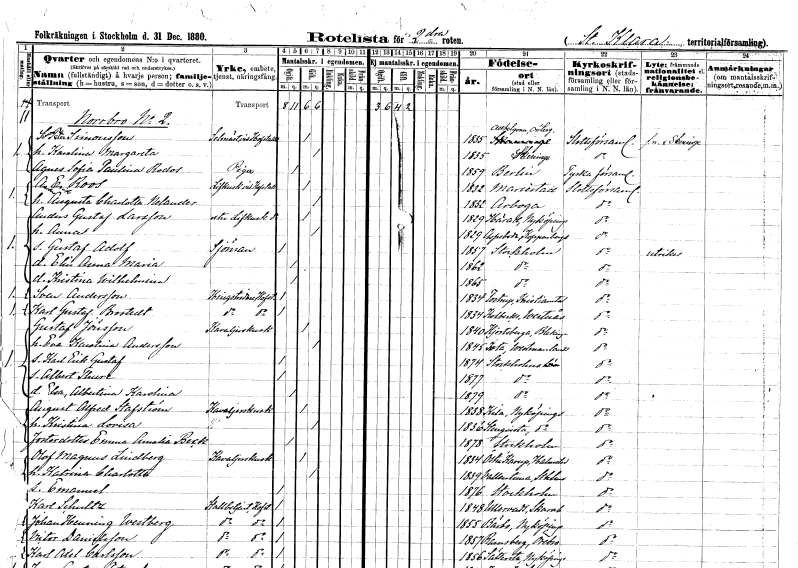
gt_parse: households: individuals: FN: Simon Peter
EN: Simonsson
YRKE: Selsmästare vid Hovstallet
KON: M
CIV: G
FODAR: 1835
FODFORS: Allhelgona Östergötlands län
FN: Karolina Margareta
KON: K
CIV: G
FODAR: 1835
FODFORS: Skänninge Östergötlands län
FN: Agnes Sofia Paulina
EN: Rodos
YRKE: Piga
KON: K
CIV: O
FODAR: 1859
FN: Anders Erik
EN: Roos
YRKE: Livkusk vid Hovstallet
KON: M
CIV: G
FODAR: 1832
FODFORS: Mariestad Skaraborgs län
FN: Augusta Charlotta
EN: Nelander
KON: K
CIV: G
FODAR: 1832
FODFORS: Arboga Västmanlands län
FN: Anders Gustaf
EN: Larsson
YRKE: Livkusk extra vid Hovstallet
KON: M
CIV: G
FODAR: 1829
FODFORS: Härad Södermanlands län
FN: Anna
KON: K
CIV: G
FODAR: 1829
FODFORS: Aspeboda Kopparbergs län
FN: Gustaf Adolf
YRKE: Sjöman
KON: M
CIV: O
FODAR: 1857
FODFORS: Stockholm
FN: Elin Anna Maria
KON: K
CIV: O
FODAR: 1862
FODFORS: Stockholm
FN: Kristina Wilhelmina
KON: K
CIV: O
FODAR: 1865
FODFORS: Stockholm
FN: Sven
EN: Andersson
YRKE: Hingstridare vid Hovstallet
KON: M
CIV: O
FODAR: 1834
FODFORS: Tosterup Kristianstads län
FN: Karl Gustaf
EN: Brostedt
YRKE: Hingstridare vid Hovstallet
KON: M
CIV: O
FODAR: 1834
FODFORS: Kolbäck Västmanlands län
FN: Gustaf
EN: Jönsson
YRKE: Kavaljerskusk
KON: M
CIV: G
FODAR: 1840
FODFORS: Hjortsberga Blekinge län
FN: Eva Karolina
EN: Andersson
KON: K
CIV: G
FODAR: 1845
FODFORS: Irsta Västmanlands län
FN: Karl Erik Gustaf
KON: M
CIV: O
FODAR: 1874
FODFORS: Stockholm
FN: Albert Thure
KON: M
CIV: O
FODAR: 1877
FODFORS: Stockholm
FN: Elsa Albertina Karolina
KON: K
CIV: O
FODAR: 1879
FODFORS: Stockholm
FN: August Alfred
EN: Stafström
YRKE: Kavaljerskusk
KON: M
CIV: G
FODAR: 1838
FODFORS: Kila Södermanlands län
FN: Kristina Lovisa
KON: K
CIV: G
FODAR: 1836
FODFORS: Stenkvista Södermanlands län
FN: Emma Amalia
EN: Beck
KON: K
CIV: O
FODAR: 1878
FODFORS: Stockholm
FN: Olof Magnus
EN: Lindberg
YRKE: Kavaljerskusk
KON: M
CIV: G
FODAR: 1834
FODFORS: Östra Karup Kristianstads län
FN: Katrina Charlotta
KON: K
CIV: G
FODAR: 1839
FODFORS: Vallentuna Stockholms län
FN: Emanuel
KON: M
CIV: O
FODAR: 1876
FODFORS: Stockholm